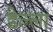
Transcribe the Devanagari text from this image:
डेल्ला